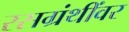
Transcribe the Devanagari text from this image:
रसग्रंथींवर